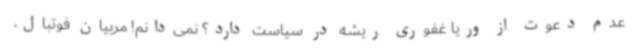
عدم دعوت از وریا غفوری ریشه در سیاست دارد؟ نمی‌دانم! مربیان فوتبال،